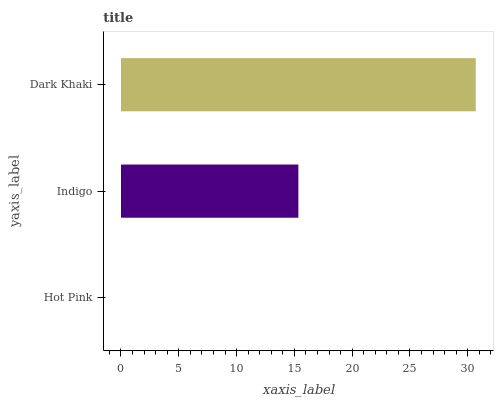
| yaxis_label | bars |
 | --- | --- |
 | Hot Pink | 0 |
 | Indigo | 15.3 |
 | Dark Khaki | 30.7 |